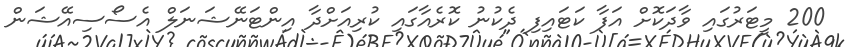
200 މީޓަރުގައި ވާދަކޮށް އަފާ ކަޓައިފި ދެކުނު ކޮރެއާގައި ކުރިއަށްދާ އިންޓަނޭޝަނަލް އެސޯސިއޭޝަން